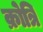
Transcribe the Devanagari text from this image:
क्रोत्रि